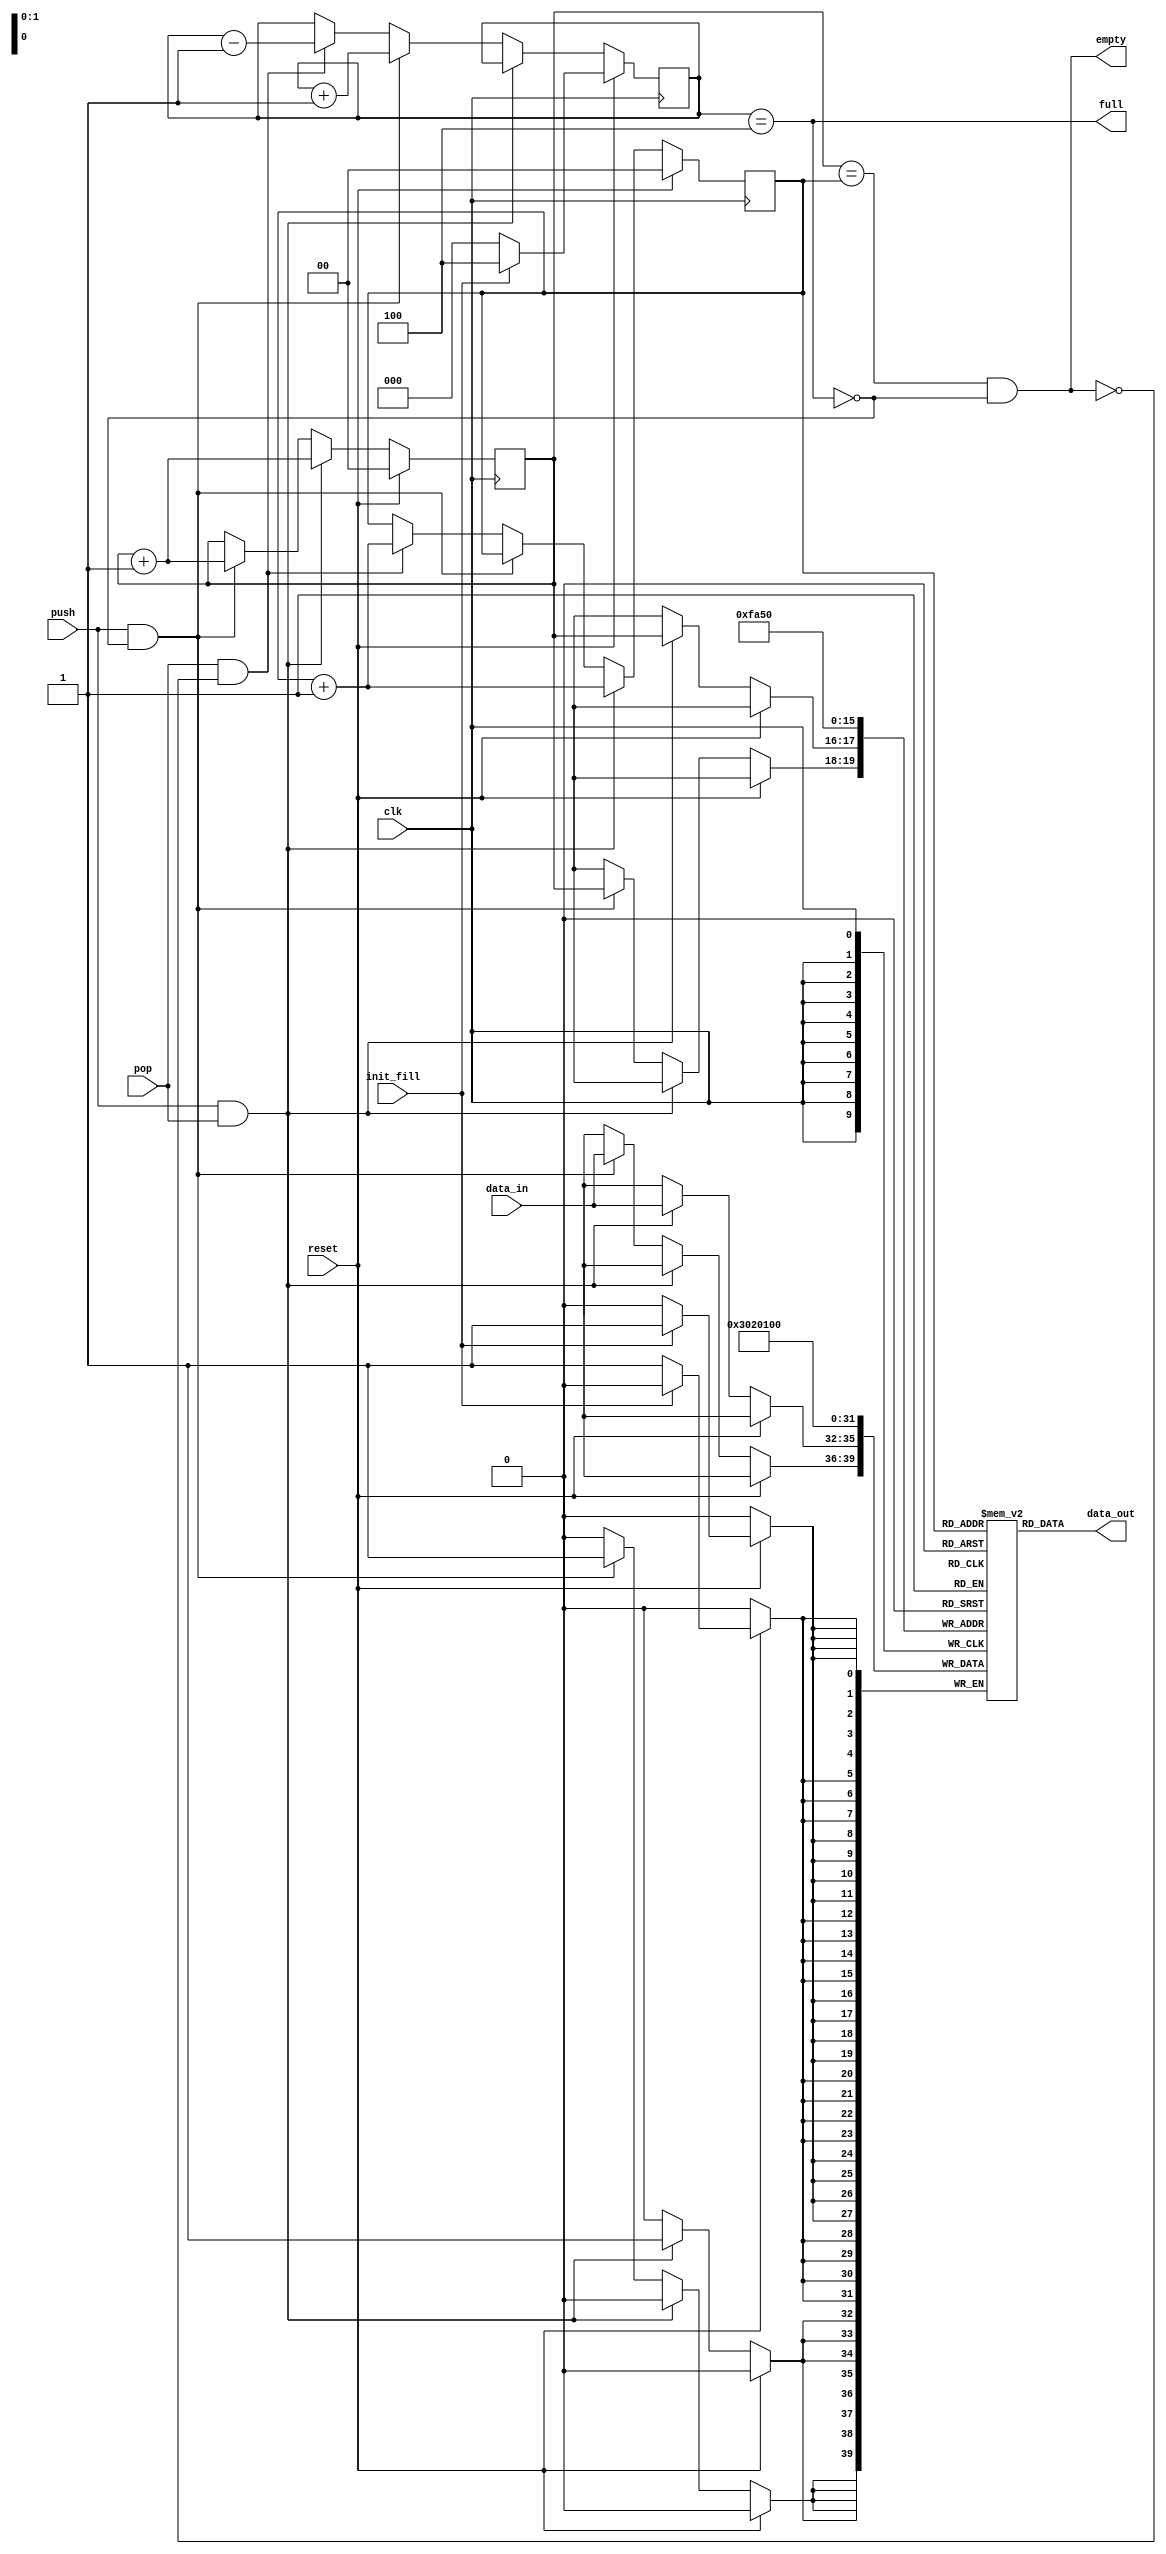
`timescale 1ns / 1ps
//////////////////////////////////////////////////////////////////////////////////
// Company: 
// Engineer: 
// 
// Design Name: 
// Module Name: Fifo_Queue
// Project Name: 
// Target Devices: 
// Tool Versions: 
// Description: 
// 
// Dependencies: 
// 
// Revision:
// Revision 0.01 - File Created
// Additional Comments:
// 
//////////////////////////////////////////////////////////////////////////////////


module Fifo_Queue(
    data_in,
    init_fill,
    clk,
    push,
    pop,
    reset,
    data_out,
    empty,
    full
    );

    parameter BITS_DATA = 4;
    parameter BITS_ENTRY_SELECT = 2;
    
    localparam NUM_ENTRIES = 2**BITS_ENTRY_SELECT;    
    
    input push, pop, reset, clk, init_fill;
    input [BITS_DATA-1:0] data_in;
    output [BITS_DATA-1:0] data_out;
    output full, empty;
    
    reg [BITS_DATA-1:0] queue [NUM_ENTRIES-1:0];
    reg [BITS_ENTRY_SELECT-1:0] pt_head, pt_tail;
    reg [BITS_ENTRY_SELECT:0] count; // Count is full means = 4, so needs additional bit
    
    integer e;
    
    always @(posedge clk)begin
        if(reset)begin
            for(e=0;e<NUM_ENTRIES;e=e+1)
                if(init_fill) begin
                    queue[e] <= e;
                    count <= NUM_ENTRIES;
                end
                else begin
                    queue[e] <= 0;
                    count <= 0;
                end
            pt_head <= 0;
            pt_tail <= 0;
        end
        else if(push && pop) begin
            queue[pt_tail] <= data_in;
            pt_tail <= pt_tail + 1;
            pt_head <= pt_head + 1;
        end 
        else if(push && !full)begin
            count <= count + 1;
            queue[pt_tail] <= data_in;
            pt_tail <= pt_tail + 1;
        end
        else if(pop && !empty)begin
            count <= count - 1;
            pt_head <= pt_head + 1;
        end
    end
    
    assign empty = (pt_tail == pt_head) & !full;
    assign full = (count == NUM_ENTRIES);
    assign data_out = queue[pt_head];
    
endmodule